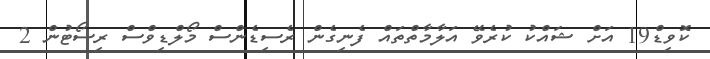
ކޮވިޑް19 އަށް ޝައްކު ކުރެވޭ އަލާމާތްތައް ފެނިގެން ރެސިޑެންސް މޯލްޑިވްސް ރިސޯޓުން 2